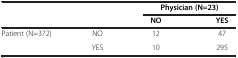
<table><thead><tr><td colspan="2"><b> </b></td><td colspan="2"><b>Physician (N=23)</b></td></tr><tr><td><b> </b></td><td><b> </b></td><td><b>NO</b></td><td><b>YES</b></td></tr></thead><tbody><tr><td>Patient (N=372)</td><td>NO</td><td>12</td><td>47</td></tr><tr><td> </td><td>YES</td><td>10</td><td>295</td></tr></tbody></table>